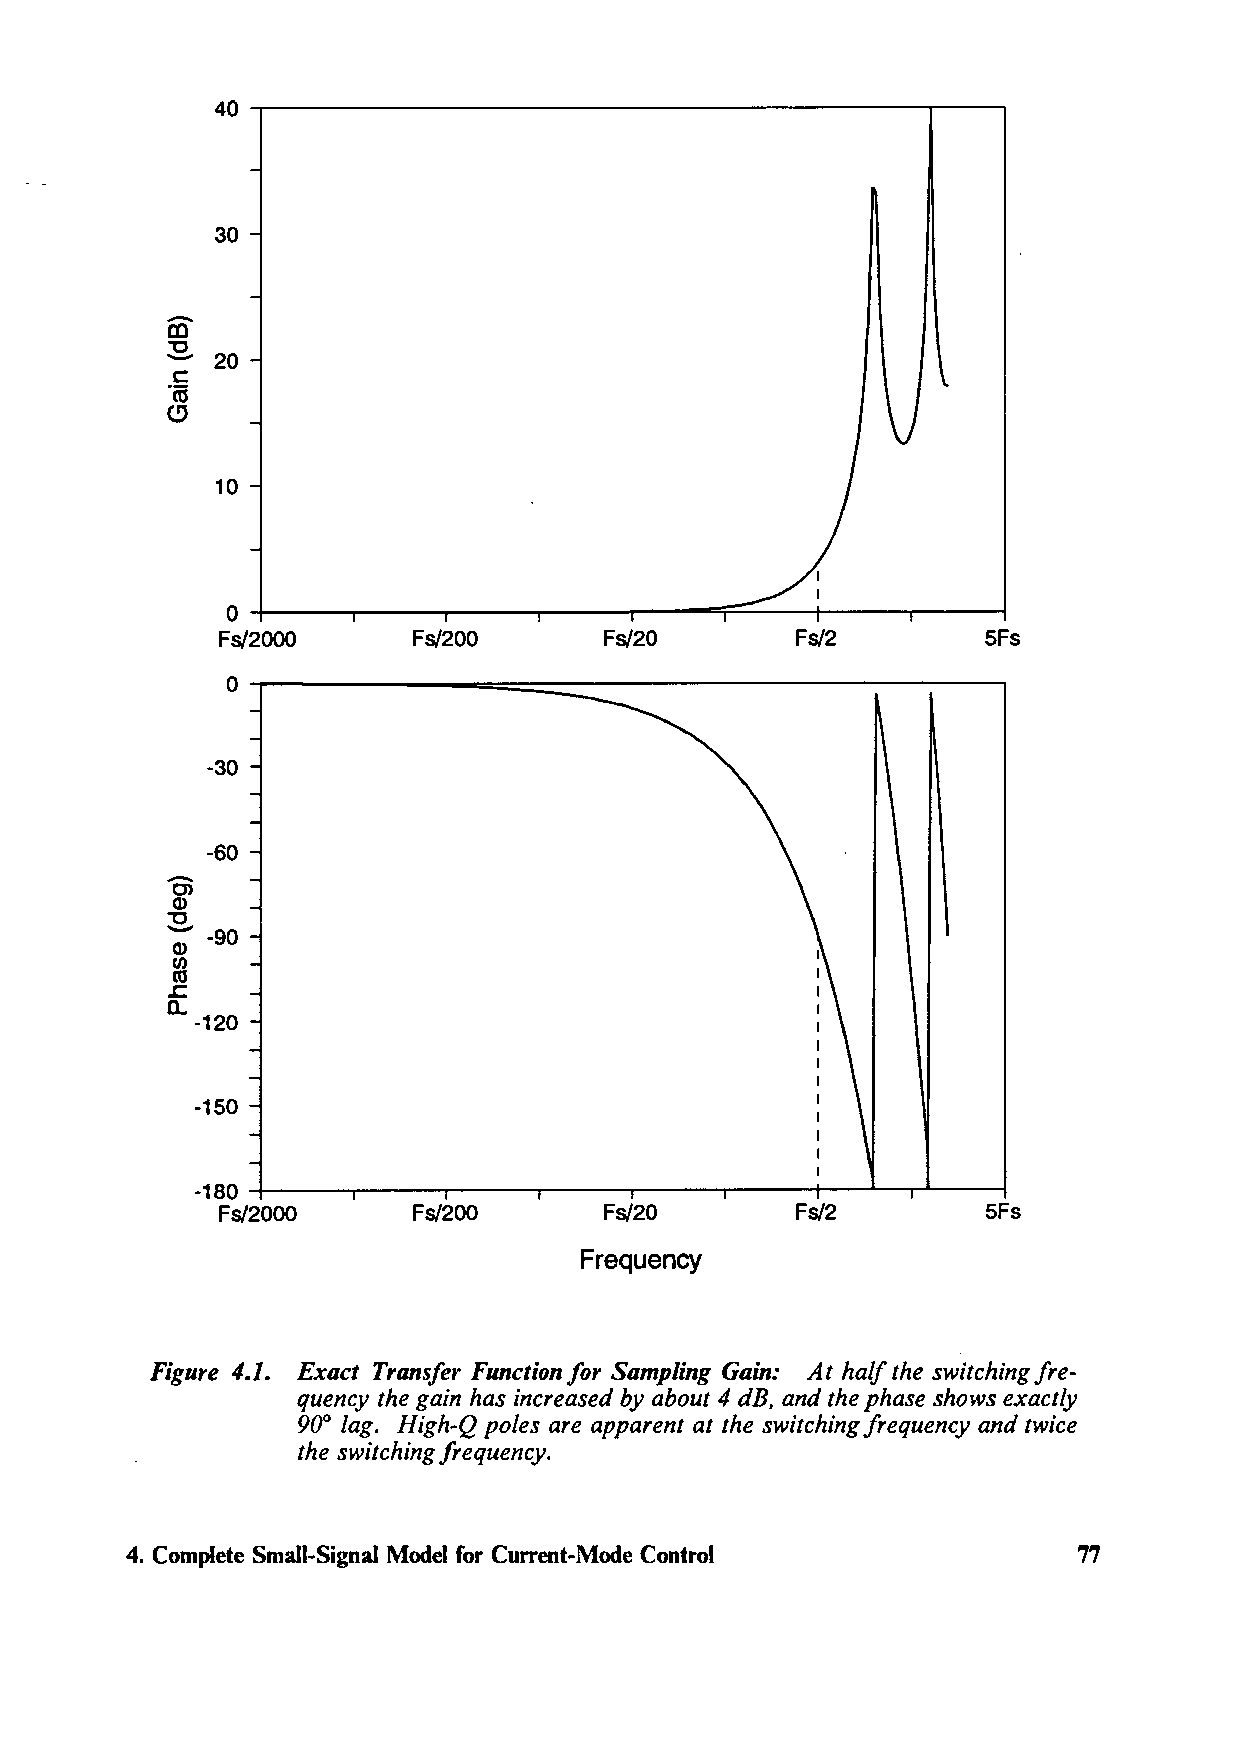
30
 -
 en
 :g_ 20
 C
 "ffi
 (!)
 10
 ~--------,.-----.------,o;::::=----+-----.-----1
 0
 Fs/2000      Fs/200       Fs/20        Fs/2        5Fs
 -.------====:::::::::----------:----::-----,
 0
 -30
 -  -60
 O>
 Q)
 "O
 ..._.. -90
 Q)
 en
 (tJ
 .c:
 a.
 -120
 -150
 -180 -+--------..----,,---~--...----+------.-....._---1
 Fs/2000      Fs/200       Fs/20        Fs/2        5Fs
 Frequency
 Figure 4.1. Exact Transfer Function for Sampling Gain: At half the switching fre-
 quency the gain has increased by about 4 dB, and the phase shows exactly
 90° lag. High-Q poles are apparent at the switching frequency and twice
 the switching frequency.
 4. Complete Small-Signal Model for Current-Mode Control        77